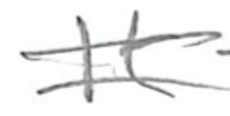
Text: It
Cross-out: double-line
Writing tool: pencil